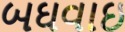
બઘવાઇ